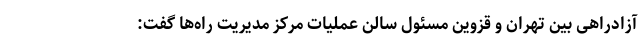
آزادراهی بین تهران و قزوین مسئول سالن عملیات مرکز مدیریت راه‌ها گفت: